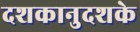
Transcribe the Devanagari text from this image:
दशकानुदशके